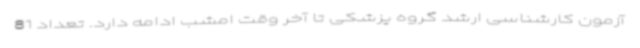
آزمون کارشناسی ارشد گروه پزشکی تا آخر وقت امشب ادامه دارد. تعداد 81